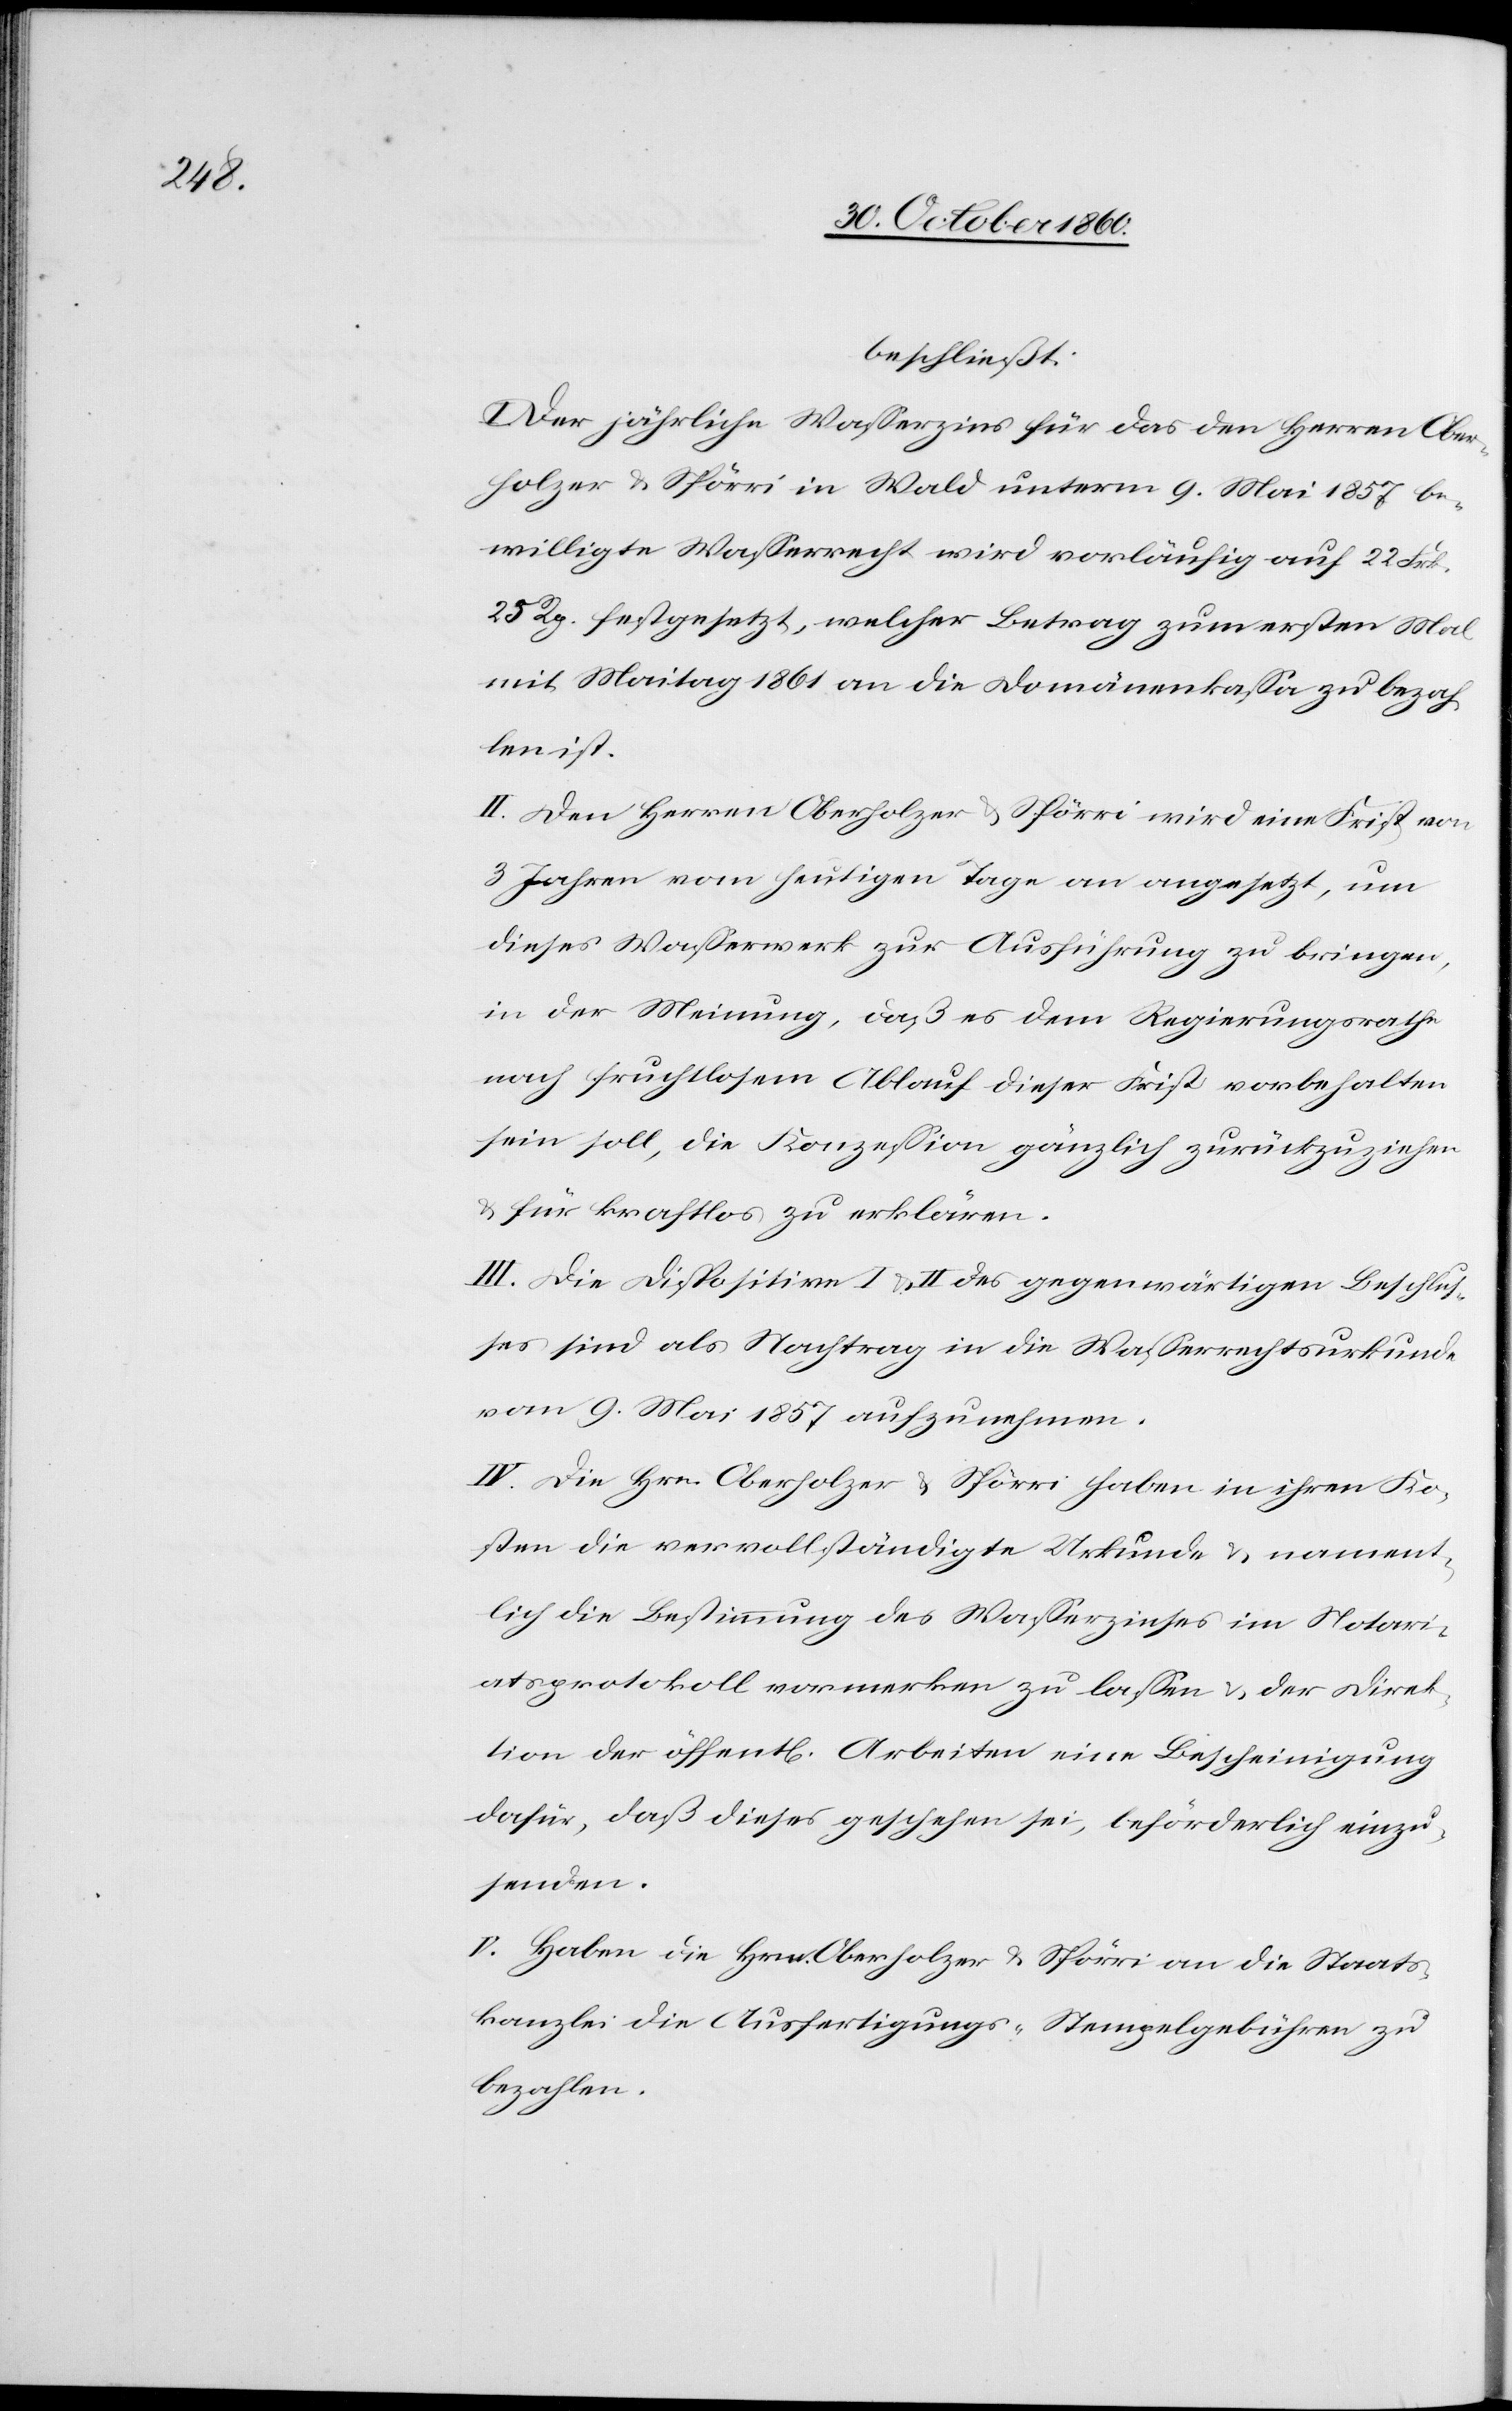
beschließt:
I. Der jährliche Wasserzins für das den Herren Ober¬
holzer u. Spörri in Wald unterm 9. Mai 1857 be¬
willigte Wasserrecht wird vorläufig auf 22 Frk.
25 Rp. festgesetzt, welcher Betrag zum ersten Mal
mit Maitag 1861 an die Domänenkassa zu bezah¬
len ist.
II. Den Herren Oberholzer u. Spörri wird eine Frist von
3 Jahren vom heutigen Tage an angesetzt, um
dieses Wasserwerk zur Ausführung zu bringen,
in der Meinung, daß es dem Regierungsrathe
nach fruchtlosem Ablauf dieser Frist vorbehalten
sein soll, die Konzession gänzlich zurückzuziehen
u. für kraftlos zu erklären.
III. Die Dispositive I u. II des gegenwärtigen Beschlus¬
ses sind als Nachtrag in die Wasserrechturkunde
vom 9. Mai 1857 aufzunehmen.
IV. Die Hrn. Oberholzer u. Spörri haben in ihren Ko¬
sten die vervollständigte Urkunde u. nament¬
lich die Bestimmung des Wasserzinses im Notari¬
atsprotokoll vormerken zu lassen u. der Direk¬
tion der öffent[lichen] Arbeiten eine Bescheinigung
dafür, daß dieses geschehen sei, beförderliche einzu¬
senden.
V. Haben die Hrn. Oberholzer u. Spörri an die Staats¬
kanzlei die Ausfertigungs- [und] Stempelgebühren zu
bezahlen.